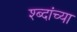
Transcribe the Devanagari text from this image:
श्ब्दांच्या